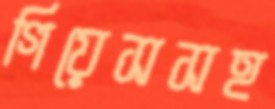
গিয়েসসহ